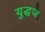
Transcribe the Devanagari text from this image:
युद्धज